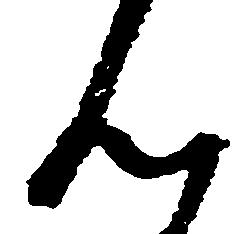
ん